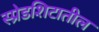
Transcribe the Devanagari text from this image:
स्प्रेडशिटातील